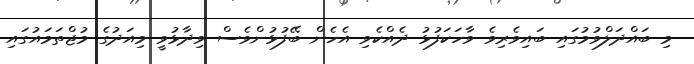
މި ބައްދަލްވުމުގައި ބައިވެރިވެ ވާހަކަފުޅު ދެއްކެވި އެހެން ބޭފުޅުންވެސް ވިދާޅުވީ މިއަދުގެ މުޖްތަމައުގައި